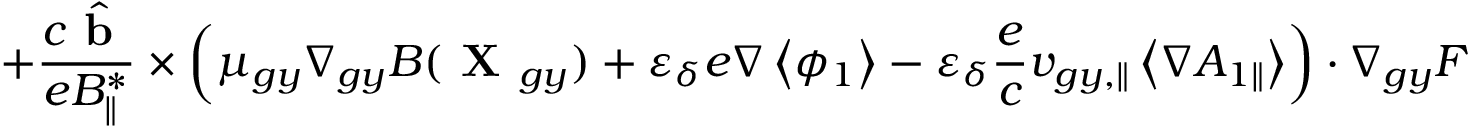
+ \frac { c \hat { \textbf { b } } } { e { B } _ { \parallel } ^ { * } } \times \left( \mu _ { g y } \nabla _ { g y } B ( \textbf { X } _ { g y } ) + \varepsilon _ { \delta } e \nabla \left\langle \phi _ { 1 } \right\rangle - \varepsilon _ { \delta } \frac { e } { c } v _ { g y , \parallel } \left\langle \nabla { A } _ { 1 \parallel } \right\rangle \right) \boldsymbol { \cdot } \nabla _ { g y } F \,